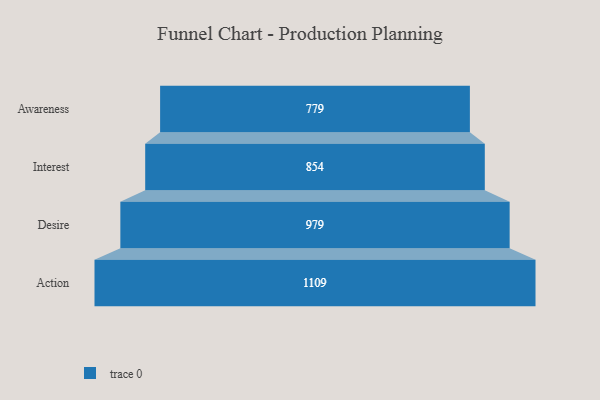
{"axis": {"x": "Stage", "y": "Value"}, "legend": [""], "data": [{"x": "Awareness", "y": 779.0, "type": ""}, {"x": "Interest", "y": 854.0, "type": ""}, {"x": "Desire", "y": 979.0, "type": ""}, {"x": "Action", "y": 1109.0, "type": ""}]}